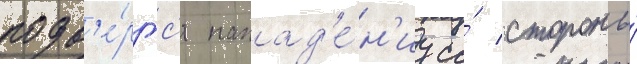
подв'е́ргс'я напад'е́н'иу со́ стороны́